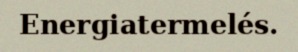
Energiatermelés.